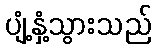
ပျံ့နှံ့သွားသည်